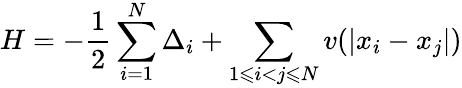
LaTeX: H=-\frac 12\sum_{i=1}^{N}\Delta_{i}+\sum_{1\leqslant i<j\leqslant N}v(|x_{i}-x_{j}|)